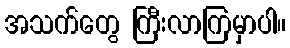
အသက်တွေ ကြီးလာကြမှာပါ။